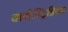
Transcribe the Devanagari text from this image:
क्लोस्ट्रिडियम